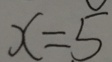
x = 5